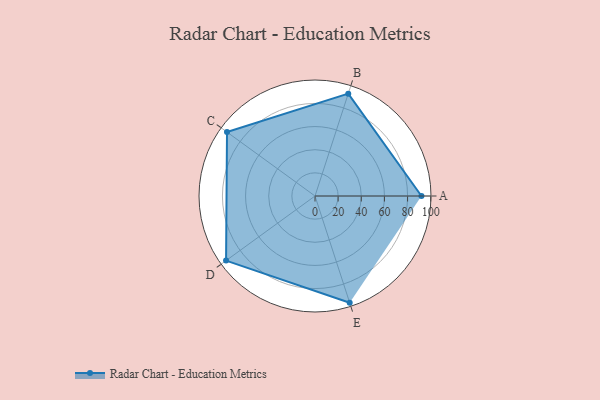
{"axis": {"x": "Skill", "y": "Score"}, "legend": ["Profile"], "data": [{"x": "A", "y": 92.0, "type": "Profile"}, {"x": "B", "y": 93.0, "type": "Profile"}, {"x": "C", "y": 94.0, "type": "Profile"}, {"x": "D", "y": 95.0, "type": "Profile"}, {"x": "E", "y": 97.0, "type": "Profile"}]}